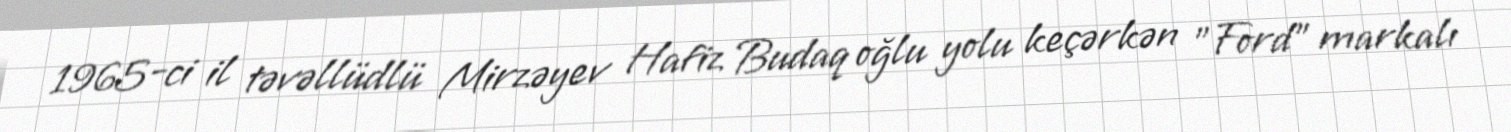
1965-ci il təvəllüdlü Mirzəyev Hafiz Budaq oğlu yolu keçərkən "Ford" markalı